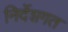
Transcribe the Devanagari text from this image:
निर्देशगत